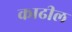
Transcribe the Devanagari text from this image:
काढील